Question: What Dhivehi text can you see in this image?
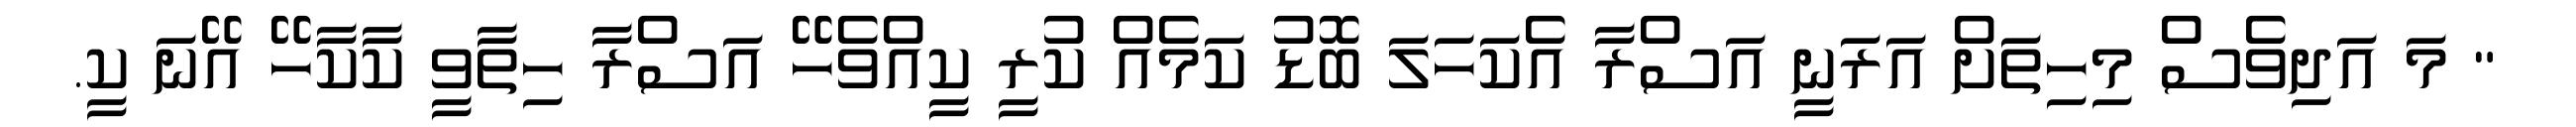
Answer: " މަ އަދިވެސް މިހިތަށް އަރަނީ އަސްރާ އެކަހަލަ ބޮޑު ކަމެއް ކުރީ ކީއްވެހޭ އަސްރާ ހިތާވީ ކާކާހޭ އޭނަ ކީ.